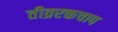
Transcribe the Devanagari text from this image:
तीव्ररक्तचाप